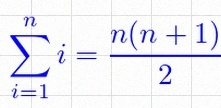
\sum_{i=1}^{n}i=\frac{n(n+1)}2